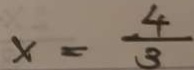
x = \frac { 4 } { 3 }